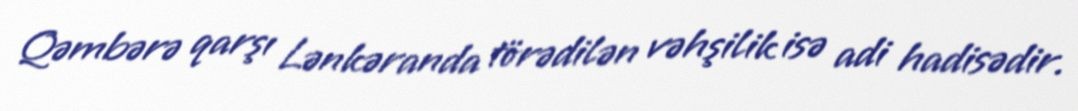
Qəmbərə qarşı Lənkəranda törədilən vəhşilik isə adi hadisədir.